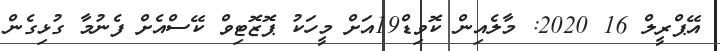
އޭޕްރީލް 16 2020: މާލެއިން ކޮވިޑް19އަށް މީހަކު ޕޮޒޮޓިވް ކޭސްއެށް ފެނުމާ ގުޅިގެން